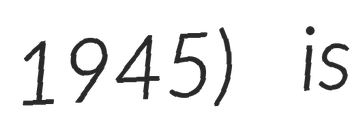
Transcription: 1945) is